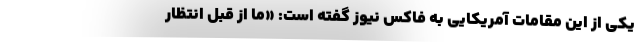
یکی از این مقامات آمریکایی به فاکس نیوز گفته است: «ما از قبل انتظار